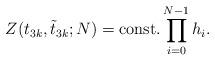
LaTeX: \begin{align*}Z(t_{3k},\tilde{t}_{3k};N)={\rm const.}\prod_{i=0}^{N-1}h_{i}.\end{align*}